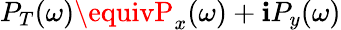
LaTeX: P_{T}(\omega)\equivP_{x}(\omega)+\mathbf{i}P_{y}(\omega)